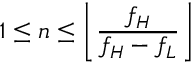
1 \leq n \leq \left\lfloor { \frac { f _ { H } } { f _ { H } - f _ { L } } } \right\rfloor